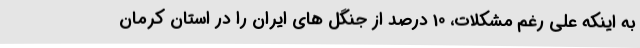
به اینکه علی رغم مشکلات، 10 درصد از جنگل های ایران را در استان کرمان